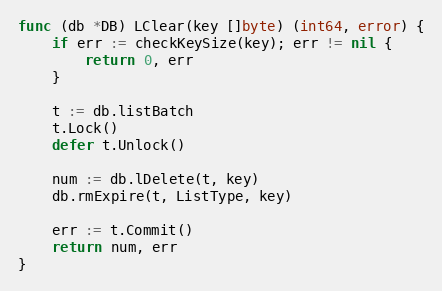
Language: Go
func (db *DB) LClear(key []byte) (int64, error) {
	if err := checkKeySize(key); err != nil {
		return 0, err
	}

	t := db.listBatch
	t.Lock()
	defer t.Unlock()

	num := db.lDelete(t, key)
	db.rmExpire(t, ListType, key)

	err := t.Commit()
	return num, err
}